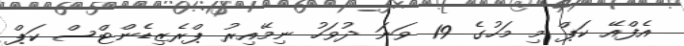
އެފްއޭ ކަޕް މި މަހުގެ 19 ވަނަ ދުވަހު ނިމޭއިރު ޕްރެޒިޑެންޓްސް ކަޕް